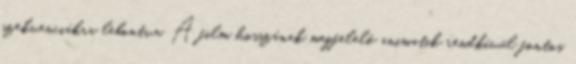
szekvenciákra lebontva. A film hosszának megfelelő animatik rendkívül fontos